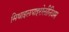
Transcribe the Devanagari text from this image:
मिथाइलपाइरोलीनिअम